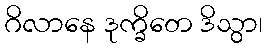
ဂိလာနေ ဒုက္ခိတေ ဒိသွာ၊